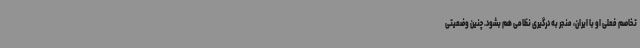
تخاصم فعلی او با ایران، منجر به درگیری نظامی هم بشود. چنین وضعیتی